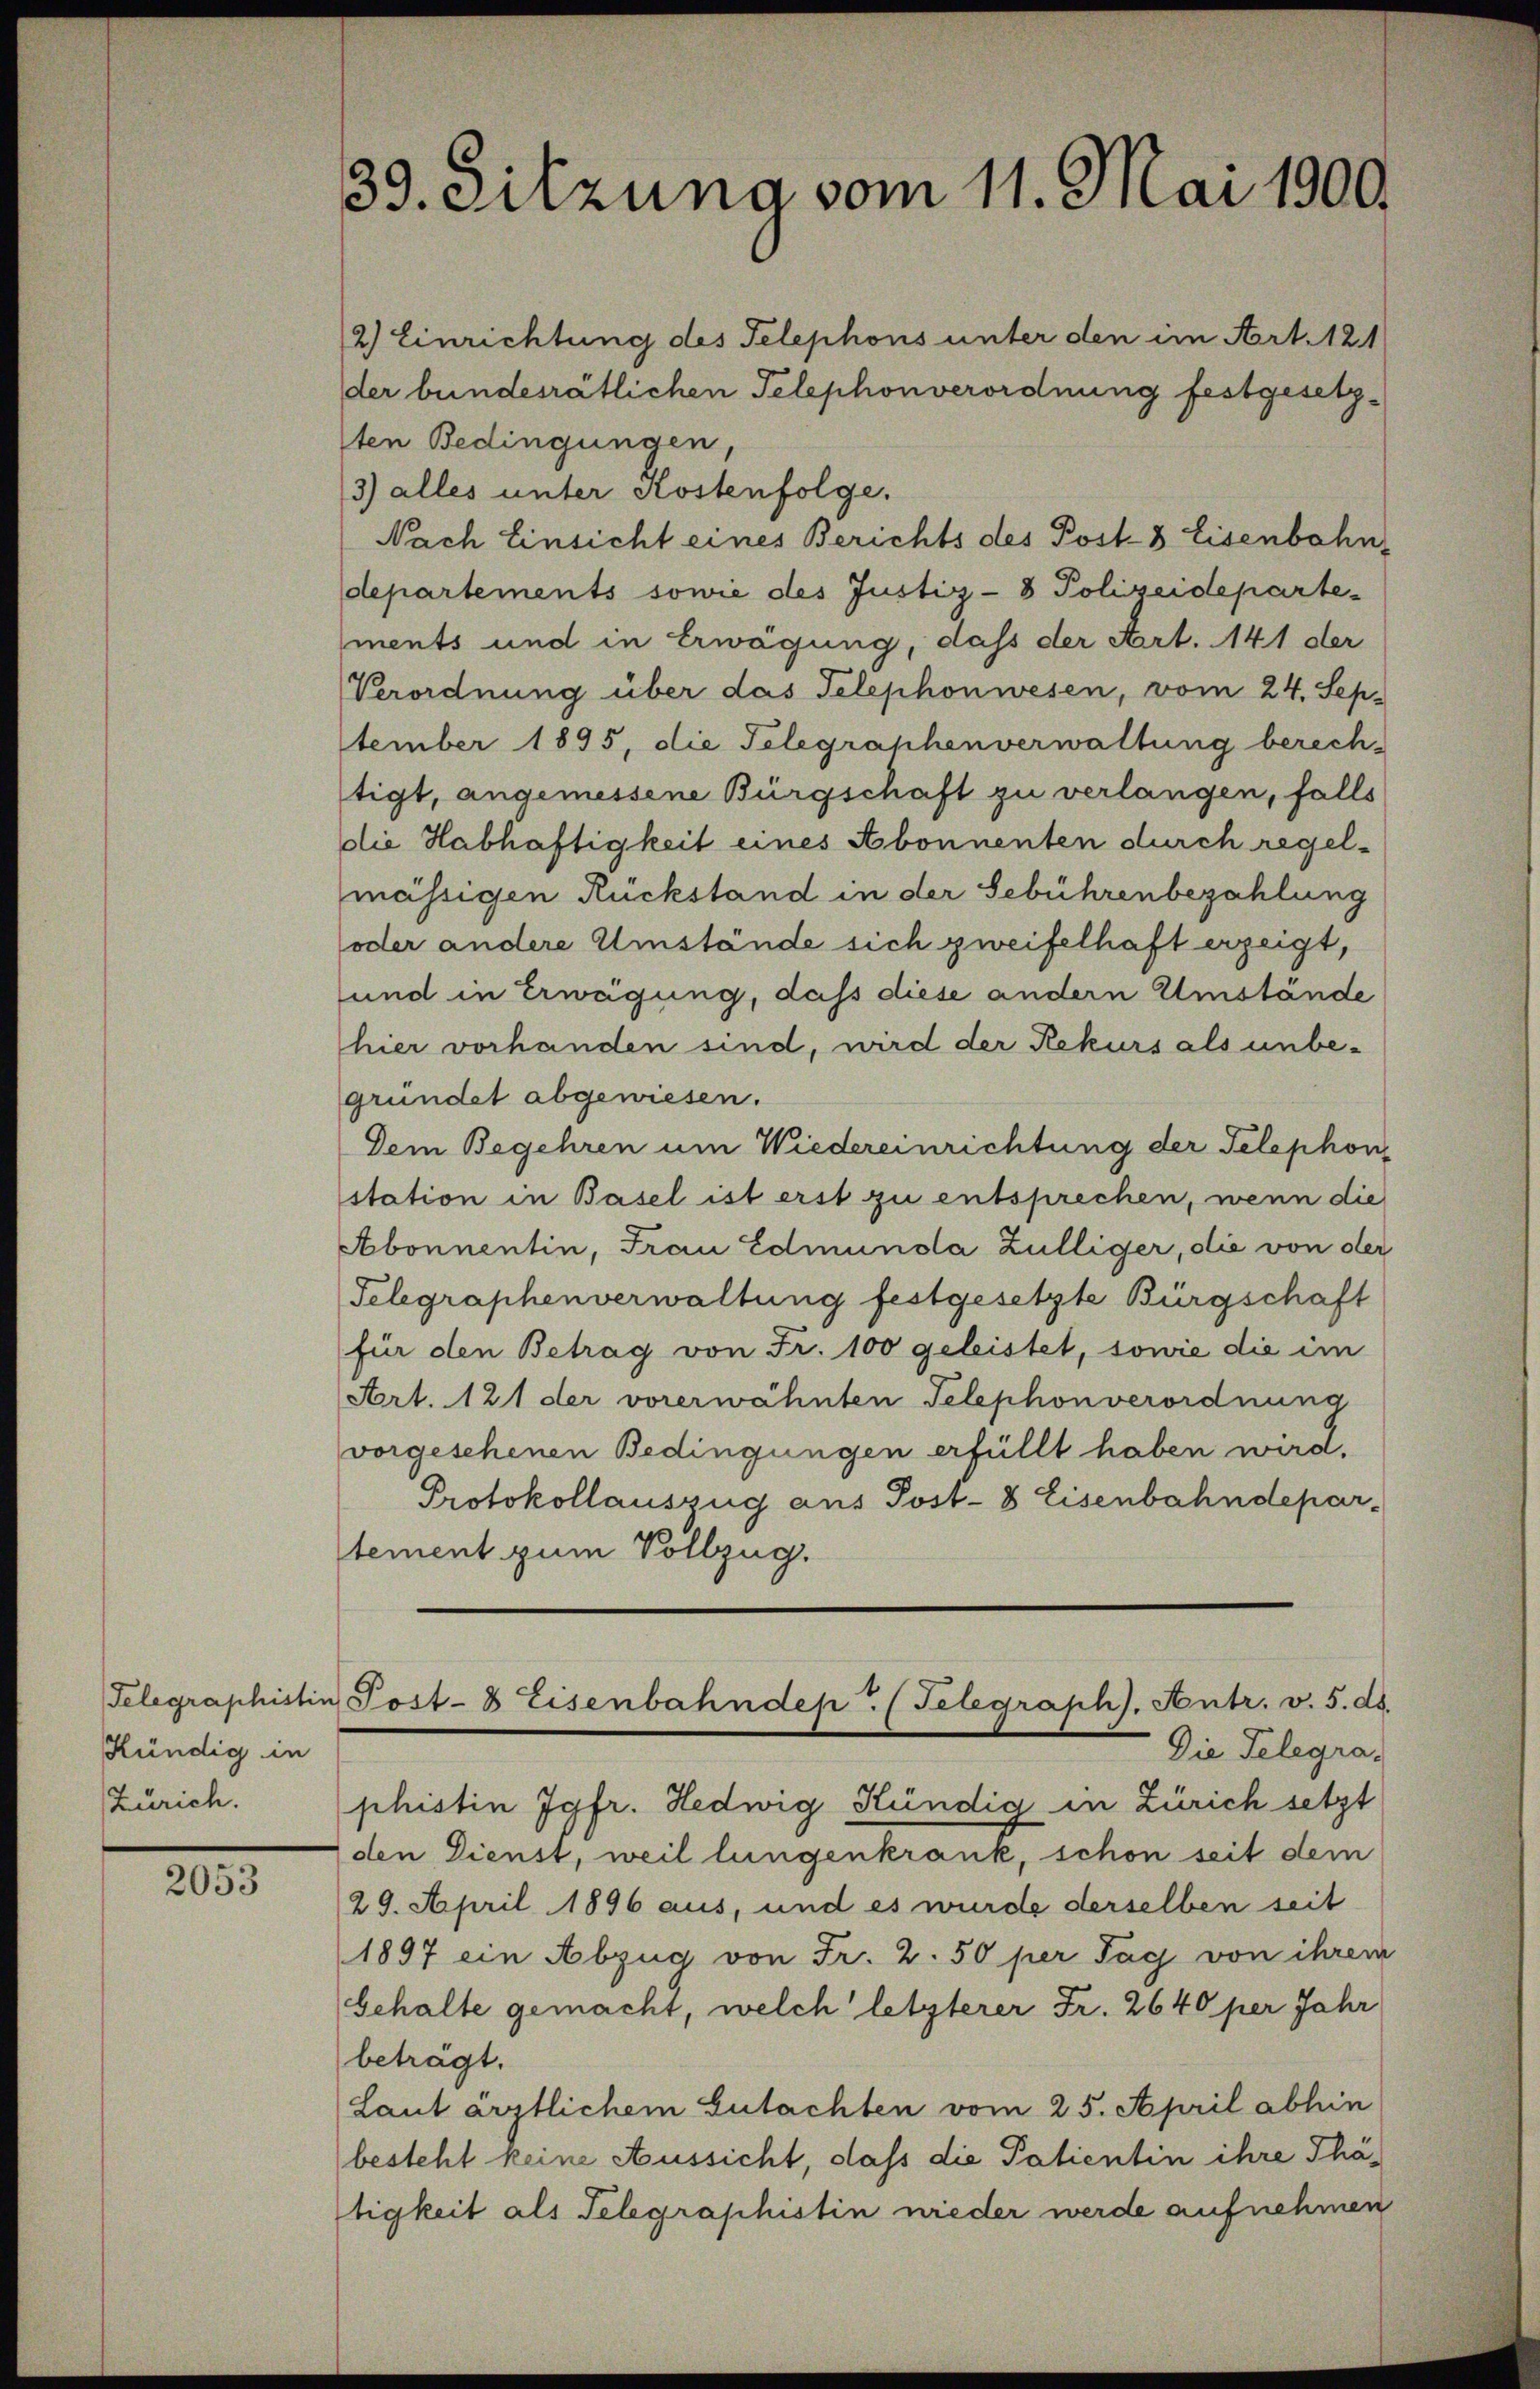
Kündig in
Zürich.

2053

39. Sitzuna vom 11. Mai 1900.

2) Einrichtung des Telephons unter den im Art. 121
der bundesrätlichen Telephonverordnung festgesetzsten Bedingungen,
3) alles unter Kostenfolge.
Nach Einsicht eines Berichts des Post- & Eisenbahn,
departements sowie des Justiz- & Polizeideparte
ments und in Erwägung, dass der Art. 141 der
Verordnung über das Telephonwesen, vom 24. Sep.
tember 1895, die Telegraphenverwaltung berech-
tigt, angemessene Bürgschaft zu verlangen, falls
die Habhaftigkeit eines Abonnenten durch regelmässigen Rückstand in der Gebührenbezahlung
oder andere Umstände sich zweifelhaft erzeigt,
und in Erwägung, daß diese andern Umstände
hier vorhanden sind, wird der Rekurs als unbegründet abgewiesen.
Dem Begehren um Wiedereinrichtung der Telephon
station in Basel ist erst zu entsprechen, wenn die
Abonnentin, Frau Edmunda Zülliger, die von der
Telegraphenverwaltung festgesetzte Bürgschaft
für den Betrag von Fr. 100 geleistet, sowie die im
Art. 121 der vorerwähnten Telephonverordnung
vorgesehenen Bedingungen erfüllt haben wird.
Protokollauszug aus Post- 8 Eisenbahndepartement zum Vollzug.
Telegraphistin Post- & Eisenbahndep / Telegraph). Antr. v. 5. ds.
Die Telegra-
phistin Jgfr. Hedwig Kündig in Zürich setzt
den Dienst, weil lungenkrank, schon seit dem
29. April 1896 aus, und es wurde derselben seit
1897 ein Abzug von Fr. 2. 50 per Tag von ihrem
behalte gemacht, welch letzterer Fr. 2640 per Jahr
beträgt.
Laut ärztlichem Gutachten vom 25. April abhin
besteht keine Aussicht, dass die Patientin ihre Thätigkeit als Telegraphistin nieder werde aufnehmen